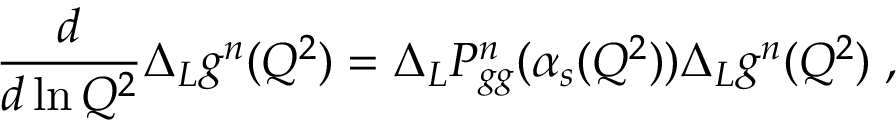
\frac { d } { d \ln Q ^ { 2 } } \Delta _ { L } g ^ { n } ( Q ^ { 2 } ) = \Delta _ { L } P _ { g g } ^ { n } ( \alpha _ { s } ( Q ^ { 2 } ) ) \Delta _ { L } g ^ { n } ( Q ^ { 2 } ) \; ,